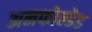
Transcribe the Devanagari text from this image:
अनफोल्डेड